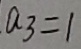
a _ { 3 } = 1